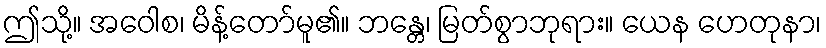
ဤသို့။ အဝေါစ၊ မိန့်တော်မူ၏။ ဘန္တေ၊ မြတ်စွာဘုရား။ ယေန ဟေတုနာ၊